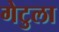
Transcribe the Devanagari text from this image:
गेटुला